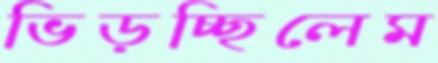
ভিড়চ্ছিলেম